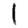
Digit: 1